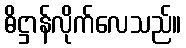
ဓိဋ္ဌာန်လိုက်လေသည်။